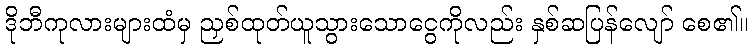
ဒိုဘီကုလားများထံမှ ညှစ်ထုတ်ယူသွားသောငွေကိုလည်း နှစ်ဆပြန်လျော် စေ၏။